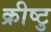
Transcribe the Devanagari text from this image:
क्रीष्टु